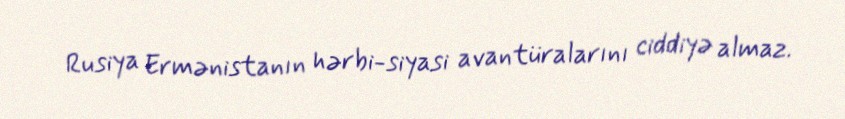
Rusiya Ermənistanın hərbi-siyasi avantüralarını ciddiyə almaz.